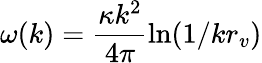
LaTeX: \omega(k)=\frac{\kappa k^{2}}{4\pi}\ln(1/kr_{v})